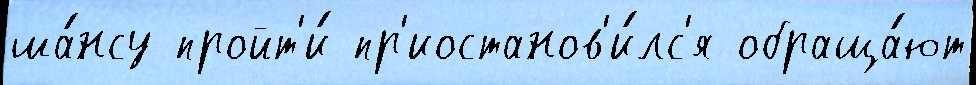
ша́нсу пройт'и́ пр'иостанов'и́лс'я обраща́ют